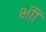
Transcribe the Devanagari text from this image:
भीॉ